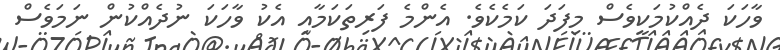
ވާހަކަ ދެއްކުމަކީވެސް މިފަދަ ކަމެކެވެ. އެންމެ ފަރިތަކަމާއި އެކު ވާހަކަ ނުދެއްކުން ނަމަވެސް